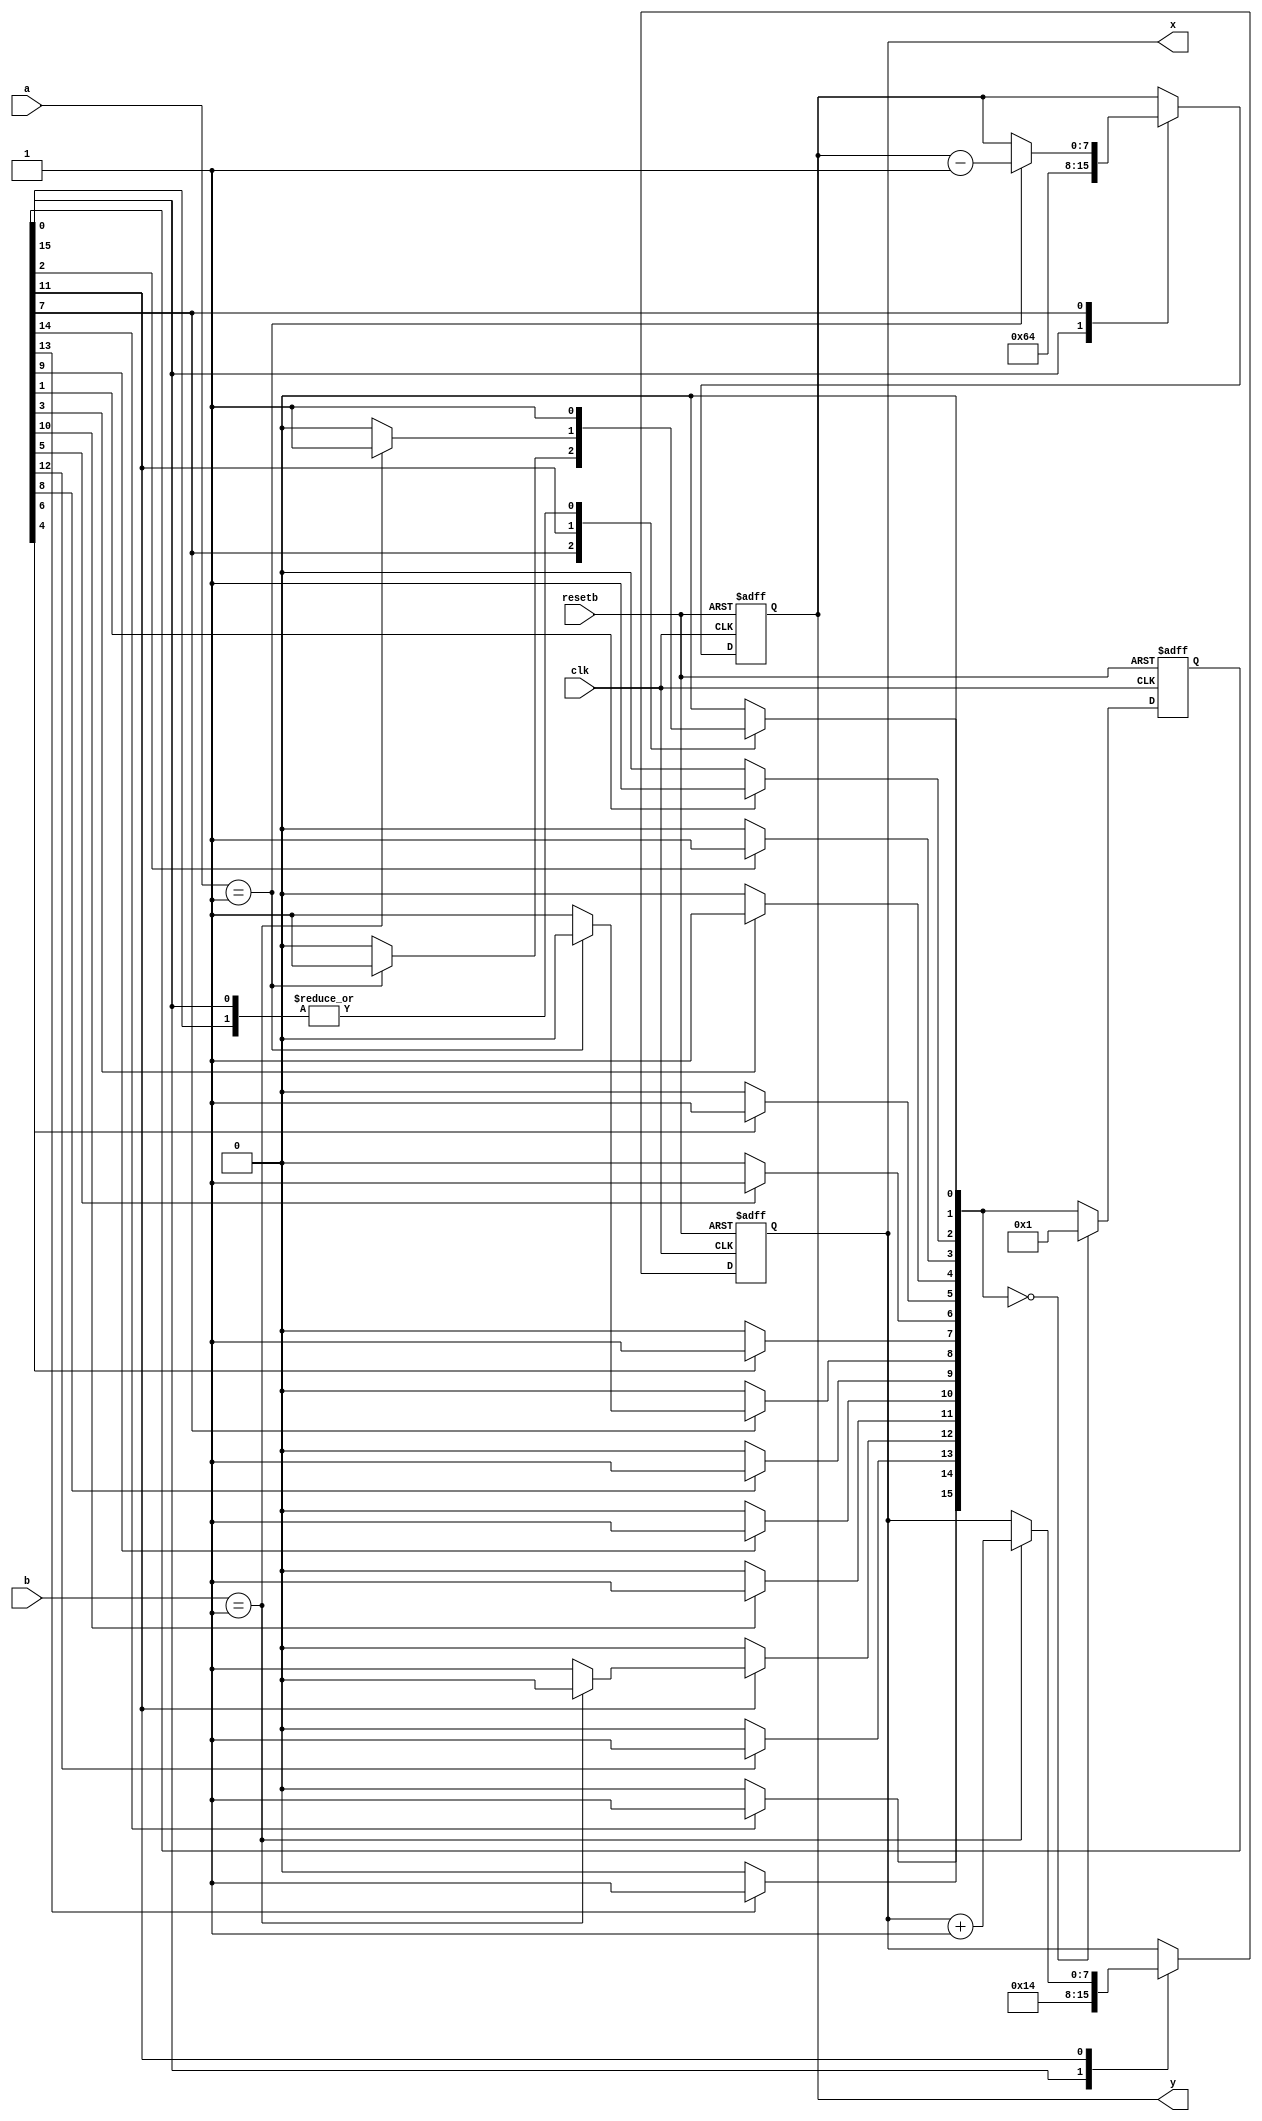
//
// Copyright (c) 1999 Thomas Coonan (tcoonan@mindspring.com)
//
//    This source code is free software; you can redistribute it
//    and/or modify it in source code form under the terms of the GNU
//    General Public License as published by the Free Software
//    Foundation; either version 2 of the License, or (at your option)
//    any later version.
//
//    This program is distributed in the hope that it will be useful,
//    but WITHOUT ANY WARRANTY; without even the implied warranty of
//    MERCHANTABILITY or FITNESS FOR A PARTICULAR PURPOSE.  See the
//    GNU General Public License for more details.
//
//    You should have received a copy of the GNU General Public License
//    along with this program; if not, write to the Free Software
//    Foundation, Inc., 59 Temple Place - Suite 330, Boston, MA 02111-1307, USA
//
//
// Just a little demo of some FSM techniques, including One-Hot and
// using 'default' settings and the case statements to selectively
// update registers (sort of like J-K flip-flops).
//
// tom coonan, 12/98.
//
// SDW - modified test to check final X and Y value... and print out
//       PASSED if it's okay.
//
module onehot (clk, resetb, a, b, x, y);

input clk;
input resetb;
input [7:0] a;
input [7:0] b;
output [7:0] x;
output [7:0] y;

// Use One-Hot encoding.  There will be 16 states.
//
reg [15:0] state, next_state;

// These are working registers.  Declare the register itself (e.g. 'x') and then
// the input bus used to load in a new value (e.g. 'x_in').  The 'x_in' bus will
// physically be a wire bus and 'x' will be the flip-flop register ('x_in' must
// be declared 'reg' because it's used in an always block.
//
reg [7:0] x, x_in;
reg [7:0] y, y_in;

// Update state.  'state' is the actual flip-flop register and next_state is the combinatorial
// bus used to update 'state''s value.  Check for the ZERO state which means an unexpected
// next state was computed.  If this occurs, jump to our initialization state; state[0].
//
// It is considered good practice by many designers to seperate the combinatorial
// and sequential aspects of state registers, and often registers in general.
//
always @(posedge clk or negedge resetb) begin
   if (~resetb) state = 0;
   else begin
      if (next_state == 0) begin
         state = 16'h0001;
      end
      else begin
         state = next_state;
      end
   end
end

// Implement the X flip-flop register.  Always load the input bus into the register.
// Reset to zero.
//
always @(posedge clk or negedge resetb) begin
   if (~resetb) x = 0;
   else         x = x_in;
end

// Implement the Y flip-flop register.  Always load the input bus into the register.
// Reset to zero.
//
always @(posedge clk or negedge resetb) begin
   if (~resetb) y = 0;
   else         y = y_in;
end

// Generate the next_state function.  Also, based on the current state, generate
// any new values for X and Y.
//
always @(state or a or b or x or y) begin
   // *** Establish defaults.

   // Working registers by default retain their current value.  If any particular
   // state does NOT need to change a register, then it doesn't have to reference
   // the register at all.  In these cases, the default below takes affect.  This
   // turns out to be a pretty succinct way to control stuff from the FSM.
   //
   x_in = x;
   y_in = y;

   // State by default will be cleared.  If we somehow ever got into an unknown
   // state, then the default would throw state machine back to zero.  Look
   // at the sequential 'always' block for state to see how this is handled.
   //
   next_state = 0;

   // One-Hot State Machine Encoding.
   //
   // *** Using a 1'b1 in the case statement is the trick to doing One-Hot...
   //     DON'T include a 'default' clause within the case because we want to
   //     establish the defaults above. ***
   //
   case (1'b1) // synopsys parallel_case

      // Initialization state.  Set X and Y register to some interesting starting values.
      //
      state[0]:
         begin
            x_in = 8'd20;
            y_in = 8'd100;
            next_state[1] = 1'b1;
         end

      // Just for fun.. Jump through states..
      state[1]: next_state[2] = 1'b1;
      state[2]: next_state[3] = 1'b1;
      state[3]: next_state[4] = 1'b1;
      state[4]: next_state[5] = 1'b1;
      state[5]: next_state[6] = 1'b1;
      state[6]: next_state[7] = 1'b1;

      // Conditionally decrement Y register.
      state[7]:
         begin
            if (a == 1) begin
               y_in = y - 1;
               next_state[1] = 1'b1;
            end
            else begin
               next_state[8] = 1'b1;
            end
         end

      // Just for fun.. Jump through states..
      state[8]: next_state[9]   = 1'b1;
      state[9]: next_state[10]  = 1'b1;
      state[10]: next_state[11] = 1'b1;

      // Conditionally increment X register.
      state[11]:
         begin
            if (b == 1) begin
               x_in = x + 1;
               next_state[1] = 1'b1;
            end
            else begin
               next_state[12] = 1'b1;
            end
         end

      // Just for fun.. Jump through states..
      state[12]: next_state[13] = 1'b1;
      state[13]: next_state[14] = 1'b1;
      state[14]: next_state[15] = 1'b1;
      state[15]: next_state[1]  = 1'b1; // Don't go back to our
                                        // initialization state, but state
                                        // following that one.
    endcase
end
endmodule

// synopsys translate_off
module test_onehot;
reg clk, resetb;
reg [7:0] a;
reg [7:0] b;
wire [7:0] x;
wire [7:0] y;
reg error;

// Instantiate module.
//
onehot onehot (
   .clk(clk),
   .resetb(resetb),
   .a(a),
   .b(b),
   .x(x),
   .y(y)
);

// Generate clock.
//
initial
begin
   clk = 0;
   forever begin
      #10 clk = ~clk;
   end
end

// Reset..
//
initial begin
   resetb = 0;
   #33 resetb = 1;
end

// Here's the test.
//
// Should see X and Y get initially loaded with their starting values.
// As long as a and b are zero, nothing should change.
// When a is asserted, Y should slowly decrement.  When b is asserted, X should
// slowly increment.  That's it.
//
initial begin
`ifdef DEBUG
   $dumpfile("test.vcd");
   $dumpvars(0,test_onehot);
`endif // DEBUG
   error = 0;
   a = 0;
   b = 0;
   repeat (64) @(posedge clk);
   #1

   // Y should be decremented..
   a = 1;
   b = 0;
   repeat (256) @(posedge clk);
   #1

   // X should be incremented..
   a = 0;
   b = 1;
   repeat (256) @(posedge clk);

   if (x !== 8'd43)
      begin
        error = 1;
        $display("FAILED - X Expected value 43, is %d",x);
      end

   if (y !== 8'd64)
      begin
        error = 1;
        $display("FAILED - Y Expected value 63, is %d",y);
      end

   if(error == 0)
      $display("PASSED");

   $finish;
end

// Monitor the module.
//

endmodule